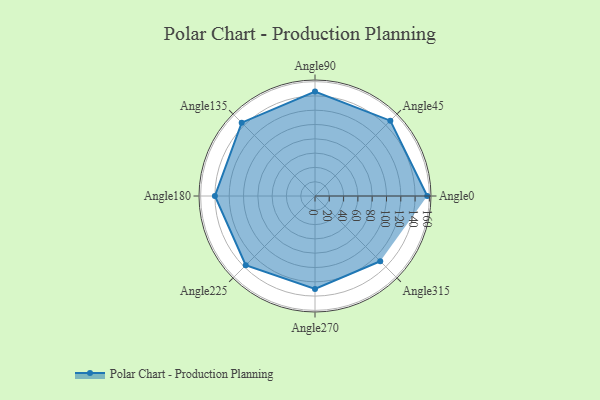
{"axis": {"x": "Angle", "y": "Radius"}, "legend": [""], "data": [{"x": "Angle0", "y": 157.0, "type": ""}, {"x": "Angle45", "y": 149.0, "type": ""}, {"x": "Angle90", "y": 146.0, "type": ""}, {"x": "Angle135", "y": 145.0, "type": ""}, {"x": "Angle180", "y": 140.0, "type": ""}, {"x": "Angle225", "y": 137.0, "type": ""}, {"x": "Angle270", "y": 130.0, "type": ""}, {"x": "Angle315", "y": 129.0, "type": ""}]}